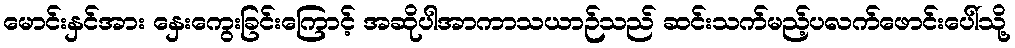
မောင်းနှင်အား နှေးကွေးခြင်းကြောင့် အဆိုပါအာကာသယာဉ်သည် ဆင်းသက်မည့်ပလက်ဖောင်းပေါ်သို့